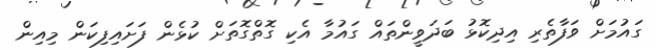
ގައުމަށް ވަފާތެރި އިދިކޮޅު ބަދަވީންތައް ގައުމާ އެކި ގޮތްގޮތަށް ކުޅެން ފަށައިފިކަން މިއިން